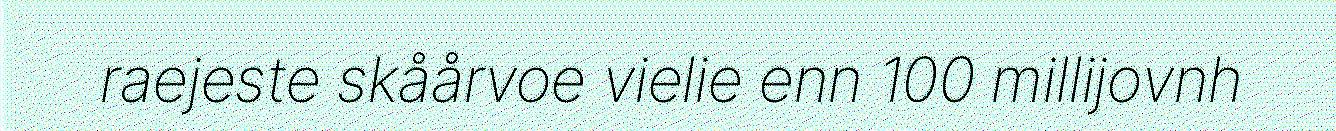
raejeste skåårvoe vielie enn 100 millijovnh